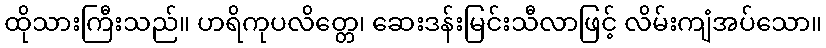
ထိုသားကြီးသည်။ ဟရိကုပလိတ္တေ၊ ဆေးဒန်းမြင်းသီလာဖြင့် လိမ်းကျံအပ်သော။